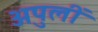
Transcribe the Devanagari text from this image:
अपुलीं